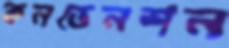
কনভেনশন